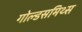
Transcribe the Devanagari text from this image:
गोल्डसमिथ्स